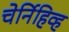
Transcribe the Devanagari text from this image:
चेर्निहिव्ह